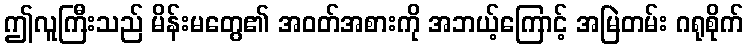
ဤလူကြီးသည် မိန်းမတွေ၏ အဝတ်အစားကို အဘယ့်ကြောင့် အမြဲတမ်း ဂရုစိုက်